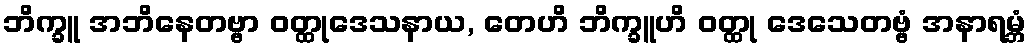
ဘိက္ခူ အဘိနေတဗ္ဗာ ဝတ္ထုဒေသနာယ, တေဟိ ဘိက္ခူဟိ ဝတ္ထု ဒေသေတဗ္ဗံ အနာရမ္ဘံ